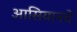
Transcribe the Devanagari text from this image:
आसियानचे